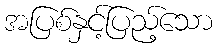
အပြစ်နှင့်ပြည့်သော